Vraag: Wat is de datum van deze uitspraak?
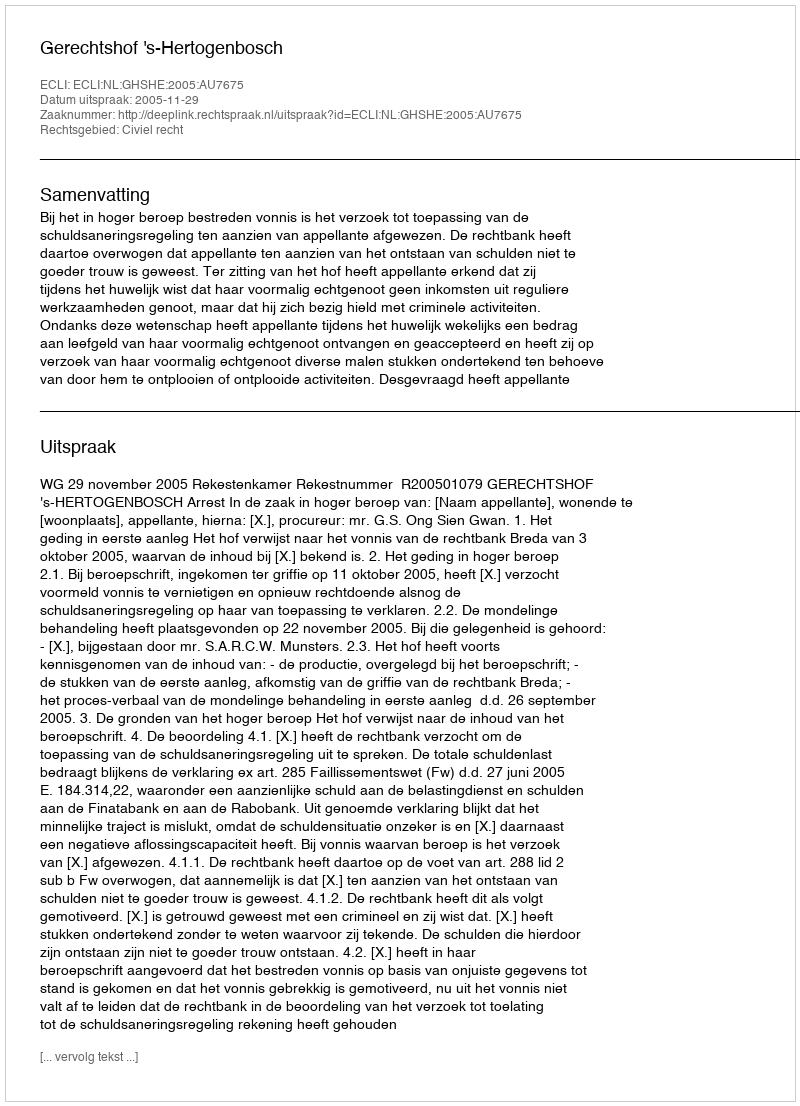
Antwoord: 2005-11-29